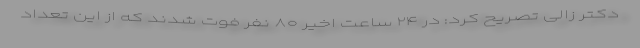
دکتر زالی تصریح کرد: در ۲۴ ساعت اخیر ۸۰ نفر فوت شدند که از این تعداد